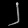
Digit: ၂